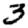
Digit: 3